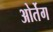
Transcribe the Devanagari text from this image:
ओर्तेग